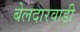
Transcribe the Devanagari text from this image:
बेलदारवाडी